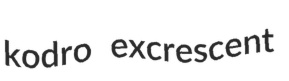
kodro excrescent